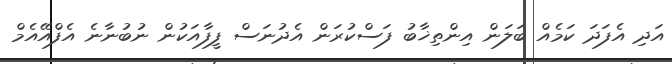
އަދި އެފަދަ ކަމެއް ބަލަން އިންތިޚާބު ފަސްކުރަން އެދުނަސް ފީފާއަކުން ނުބުނާނެ އެފްއޭއެމް